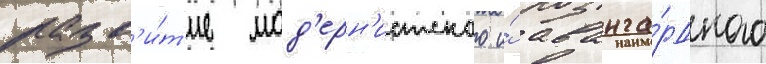
разв'и́т'ие мод'ерн'истского и́ аванга́рдного